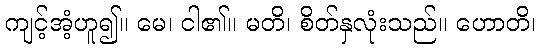
ကျင့်အံ့ဟူ၍။ မေ၊ ငါ၏။ မတိ၊ စိတ်နှလုံးသည်။ ဟောတိ၊